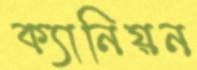
ক্যানিয়ন